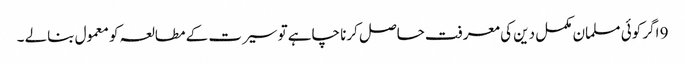
9 اگر کوئی مسلمان مکمل دین کی معرفت حاصل کرنا چاہے تو سیرت کے مطالعہ کو معمول بنالے ۔